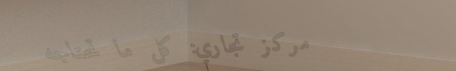
مركز تجاري: كل ما تحتاجه